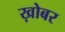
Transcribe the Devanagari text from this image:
ख़ोबर